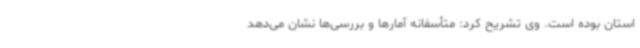
استان بوده است. وی تشریح کرد: متأسفانه آمارها و بررسی‌ها نشان می‌دهد